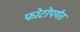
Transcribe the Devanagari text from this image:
फोटोपर्यंत